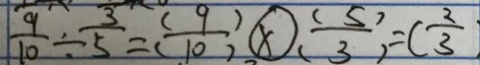
\frac { 9 } { 1 0 } \div \frac { 3 } { 5 } = \frac { ( 9 ) } { ( 1 0 ) } \textcircled { \times } \frac { ( 5 ) } { ( 3 ) } = ( \frac { 2 } { 3 } )